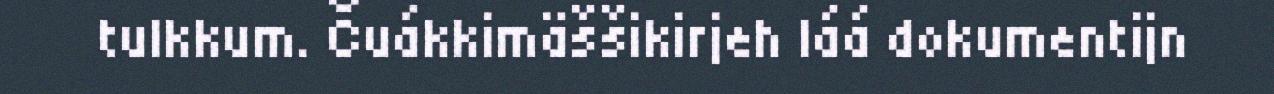
tulkkum. Čuákkimäššikirjeh láá dokumentijn